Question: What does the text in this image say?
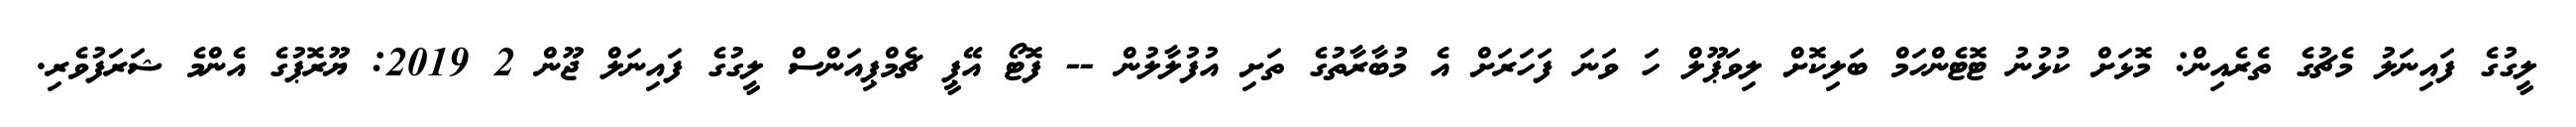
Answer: ލީގުގެ ފައިނަލު މެޗުގެ ތެރެއިން: މޮޅަށް ކުޅުނު ޓޮޓެންހަމް ބަލިކޮށް ލިވަޕޫލް ހަ ވަނަ ފަހަރަށް އެ މުބާރާތުގެ ތަށި އުފުލާލުން -- ފޮޓޯ އޭޕީ ޗެމްޕިއަންސް ލީގުގެ ފައިނަލް ޖޫން 2 2019: ޔޫރޮޕުގެ އެންމެ ޝަރަފުވެރި.